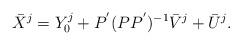
LaTeX: \begin{align*}\bar{X}^j =Y_0^j + P ^{'} (P P ^{'}) ^{-1} \bar{V}^j + \bar{U}^j.\end{align*}